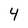
Character: Y